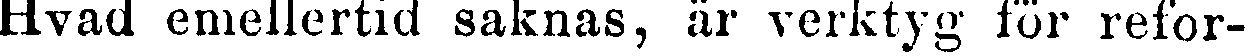
Hvad emellertid saknas, är verktyg för refor-